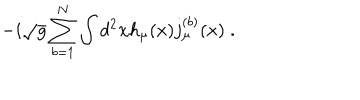
LaTeX: - i \sqrt { g } \sum _ { b = 1 } ^ { N } \int d ^ { 2 } x h _ { \mu } ( x ) j _ { \mu } ^ { ( b ) } ( x ) \; .